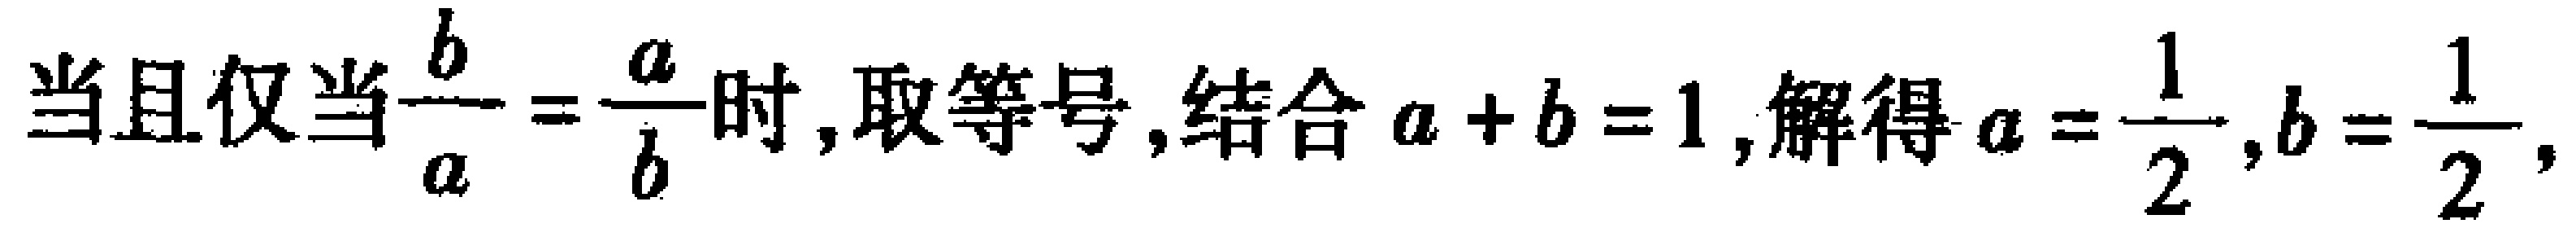
当且仅当$\frac{b}{a}=\frac{a}{b}$时,取等号,结合$a + b = 1$,解得$a = \frac{1}{2},b = \frac{1}{2}$,